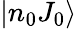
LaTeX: |n_{0}J_{0}\rangle